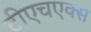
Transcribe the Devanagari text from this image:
टीएचएक्स